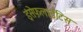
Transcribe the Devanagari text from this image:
इंसेफ़लाईटिस